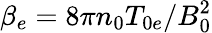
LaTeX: \beta_{e}=8\pi n_{0}T_{0e}/B_{0}^{2}